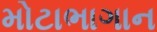
મોટાભાગાન